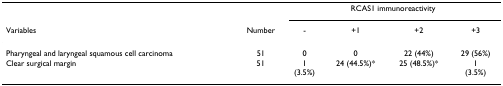
|  |  | <COLSPAN=4> RCAS1 immunoreactivity |
 | Variables | Number | - | +1 | +2 | +3 |
 | --- | --- | --- | --- | --- | --- |
 | Pharyngeal and laryngeal squamous cell carcinoma | 51 | 0 | 0 | 22 (44%) | 29 (56%) |
 | Clear surgical margin | 51 | 1(3.5%) | 24 (44.5%)* | 25 (48.5%)* | 1(3.5%) |